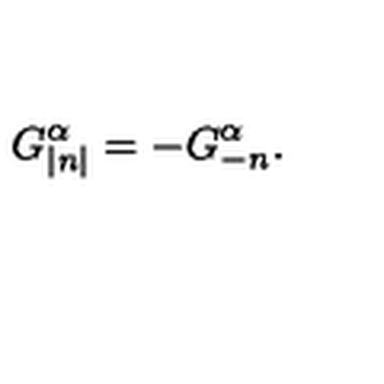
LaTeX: G _ { \left| n \right| } ^ { \alpha } = - G _ { - n } ^ { \alpha } .